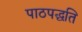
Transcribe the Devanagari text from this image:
पाठपद्धति